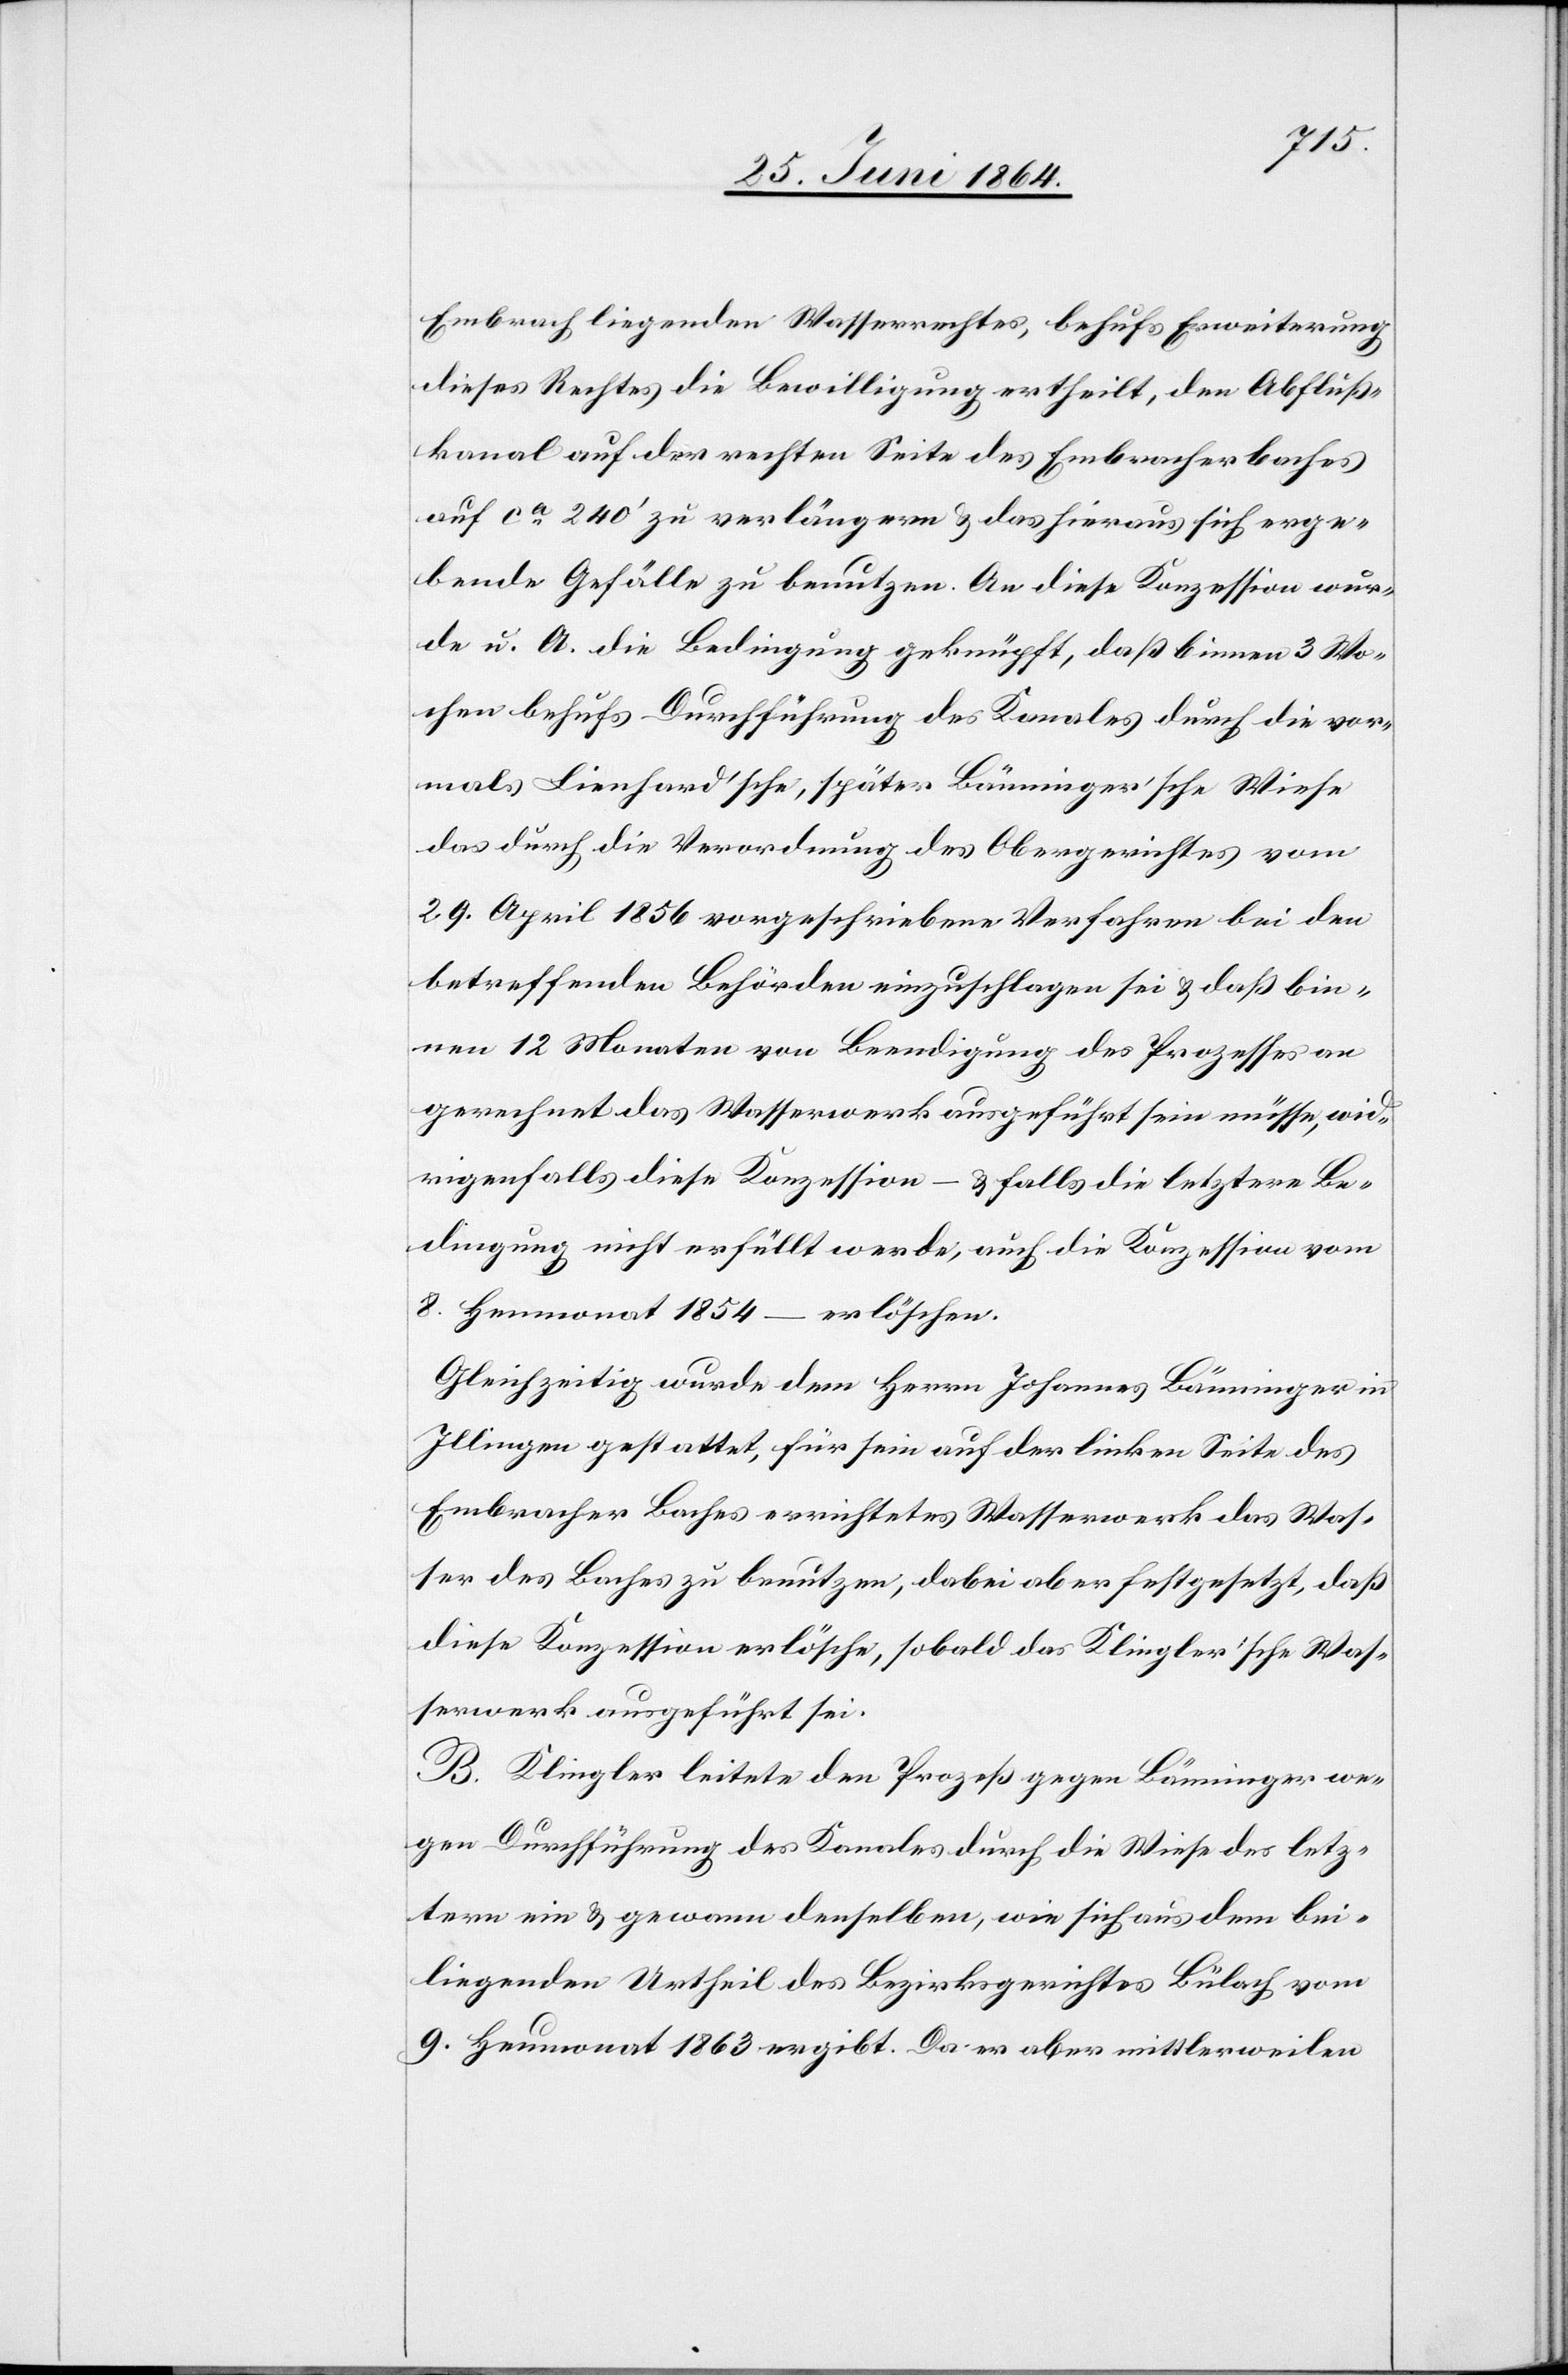
Embrach liegenden Wasserrechtes, behufs Erweiterung
dieses Rechtes die Bewilligung ertheilt, den Abluß¬
kanal auf der rechten Seite des Embracher Baches
auf ca 240’ zu verlängern u. das hieraus sich erge¬
bende Gefälle zu benutzen. An diese Konzession wur¬
de u. A. die Bedingung geknüpft, daß binnen 3 Wo¬
chen behufs Durchführung des Kanales durch die vor¬
mals Lienhard’sche, später Bänninger’sche Wiese
das durch die Verordnung des Obergerichtes vom
29. April 1856 vorgeschriebene Verfahren bei den
betreffenden Behörden einzuschlagen sei u. daß bin¬
nen 12 Monaten von Beendigung des Prozesses an
gerechnet das Wasserwerk ausgeführt sein müsse, wid¬
rigenfalls diese Konzession – u. falls die letztere Be¬
dingung nicht erfüllt werde, auch die Konzession vom
8. Heumonat 1854 – erlöschen.
Gleichzeitig wurde dem Herrn Johannes Bänninger in
Illingen gestattet, für sein auf der linken Seite des
Embracher Baches errichtetes Wasserwerk das Was¬
ser des Baches zu benutzen, dabei aber festgesetzt, daß
diese Konzession erlösche, sobald das Klingler’sche Was¬
serwerk ausgeführt sei.
B. Klingler leitete den Prozeß gegen Bänninger we¬
gen Durchführung des Kanales durch die Wiese des letz¬
tern ein u. gewann denselben, wie sich aus dem bei¬
liegenden Urtheil des Bezirksgerichtes Bülach vom
9. Heumonat 1863 ergibt. Da er aber mittlerweilen